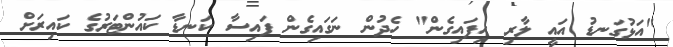
"އަޅުގަނޑު އައީ ލާރި ހިފައިގެން" ހެދުން ނަގައިގެން ފައިސާ ކަނޑާ ކައުންޓަރުގެ ކައިރަށް